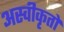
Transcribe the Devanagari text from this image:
अस्‍वीकृतों